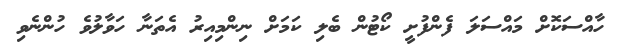
ހާއްސަކޮށް މައްސަލަ ފެންފުށީ ކޯޓުން ބެލި ކަމަށް ނިންމިއިރު އެތަނާ ހަވާލުވެ ހުންނެވި